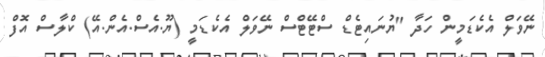
ނޭވަލް އެކެޑަމީން ހަދާ "ޔުނައިޓެޑް ސްޓޭޓްސް ނޭވަލް އެކެޑަމީ (ޔޫ.އެސް.އެން.އޭ) ކްލާސް އޮފް